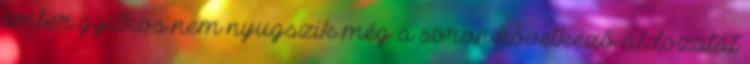
ember gyilkos nem nyugszik még a soron következő áldozatát